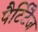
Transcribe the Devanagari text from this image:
पैर्टिटैज